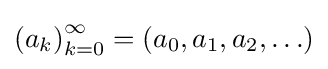
{(a_{k})}_{k=0}^{\infty }=(a_{0},a_{1},a_{2},\ldots )